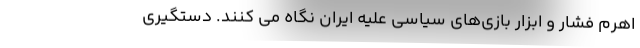
اهرم فشار و ابزار بازی‌های سیاسی علیه ایران نگاه می کنند. دستگیری